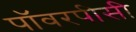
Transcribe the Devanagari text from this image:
पॉवरपीसी